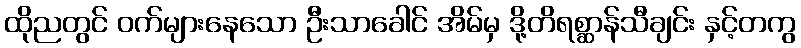
ထိုညတွင် ဝက်များနေသော ဦးသာခေါင် အိမ်မှ ဒို့တိရစ္ဆာန်သီချင်း နှင့်တကွ